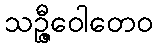
သဉ္ဇီဝေါတေဝ